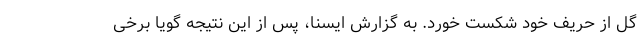
گل از حریف خود شکست خورد. به گزارش ایسنا، پس از این نتیجه گویا برخی